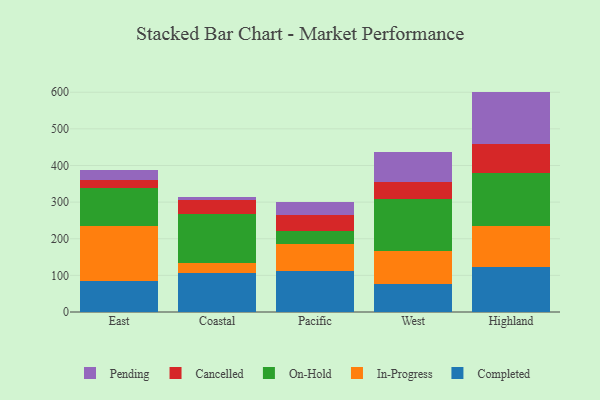
{"axis": {"x": "Region", "y": "Energy Usage (MWh)"}, "legend": ["Cancelled", "Completed", "In-Progress", "On-Hold", "Pending"], "data": [{"x": "East", "y": 84.6, "type": "Completed"}, {"x": "East", "y": 150.8, "type": "In-Progress"}, {"x": "East", "y": 101.8, "type": "On-Hold"}, {"x": "East", "y": 22.4, "type": "Cancelled"}, {"x": "East", "y": 28.2, "type": "Pending"}, {"x": "Coastal", "y": 107.8, "type": "Completed"}, {"x": "Coastal", "y": 25.2, "type": "In-Progress"}, {"x": "Coastal", "y": 134.8, "type": "On-Hold"}, {"x": "Coastal", "y": 38.9, "type": "Cancelled"}, {"x": "Coastal", "y": 6.7, "type": "Pending"}, {"x": "Pacific", "y": 111.5, "type": "Completed"}, {"x": "Pacific", "y": 74.9, "type": "In-Progress"}, {"x": "Pacific", "y": 34.7, "type": "On-Hold"}, {"x": "Pacific", "y": 43.4, "type": "Cancelled"}, {"x": "Pacific", "y": 36.0, "type": "Pending"}, {"x": "West", "y": 77.7, "type": "Completed"}, {"x": "West", "y": 87.6, "type": "In-Progress"}, {"x": "West", "y": 141.9, "type": "On-Hold"}, {"x": "West", "y": 48.7, "type": "Cancelled"}, {"x": "West", "y": 79.8, "type": "Pending"}, {"x": "Highland", "y": 123.8, "type": "Completed"}, {"x": "Highland", "y": 110.1, "type": "In-Progress"}, {"x": "Highland", "y": 146.3, "type": "On-Hold"}, {"x": "Highland", "y": 79.6, "type": "Cancelled"}, {"x": "Highland", "y": 141.9, "type": "Pending"}]}